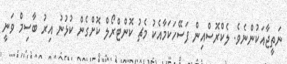
ނަތީޖާއަކުންނެވެ. ލެކްރޮސްއިން ފަސޭހަކަމާއެކު މެޗު ކޮންޓްރޯލް ކޮށްގެން ކުޅުނު އިރު ބާސިމް ވަނީ